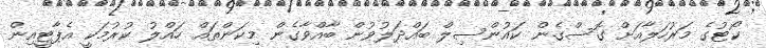
ކޯޓުގެ މަރުހަލާއަށް ގޮސްގެން ކައުންސިލް ބައްދަލުވުން ބާއްވާގެން މިކަންތައް ހައްލު ކުރުމަކީ އެޕާޓީއިން